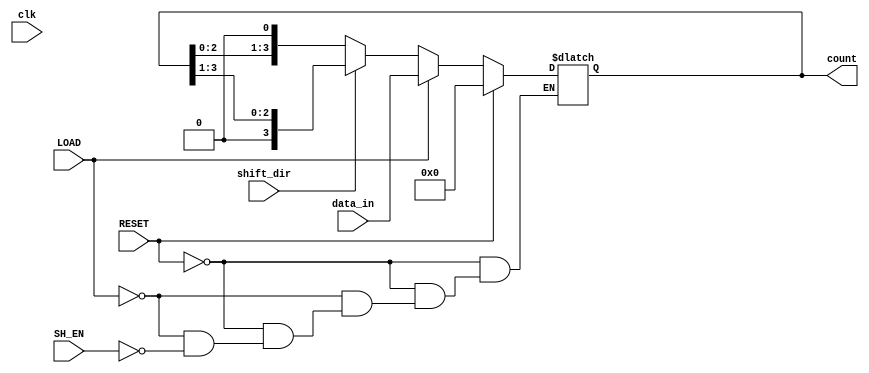
module async_shift_counter (
    input wire clk,          // Clock signal (not used for synchronous operation)
    input wire SH_EN,       // Shift Enable
    input wire LOAD,        // Load new value
    input wire RESET,       // Reset counter
    input wire [3:0] data_in, // Input data for loading
    input wire shift_dir,   // Shift direction: 0 for left, 1 for right
    output reg [3:0] count  // Current count value
);

    // Asynchronous reset and load logic
    always @(*) begin
        if (RESET) begin
            count = 4'b0000; // Reset counter to 0
        end else if (LOAD) begin
            count = data_in; // Load new value into counter
        end else if (SH_EN) begin
            if (shift_dir == 1'b0) begin
                // Shift left
                count = {count[2:0], 1'b0}; // Shift left and fill with 0
            end else begin
                // Shift right
                count = {1'b0, count[3:1]}; // Shift right and fill with 0
            end
        end
    end

endmodule